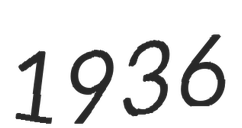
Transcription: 1936